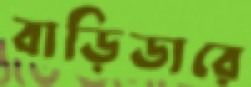
বাড়িডারে